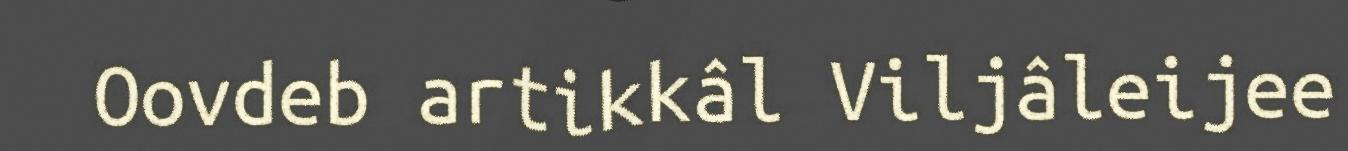
Oovdeb artikkâl Viljâleijee